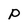
Character: P